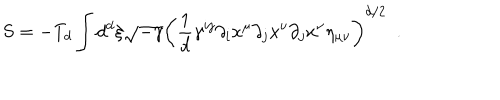
S = - T _ { d } \int d ^ { d } \xi \sqrt { - \gamma } \left( \frac { 1 } { d } \gamma ^ { i j } \partial _ { i } x ^ { \mu } \partial _ { j } x ^ { \nu } \partial _ { j } x ^ { \nu } \eta _ { \mu \nu } \right) ^ { d / 2 } ~ ~ .